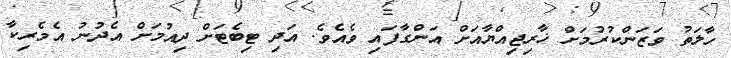
ހާލަތު ވަޒަންކުރުމަށް ޚާރިޖިއްޔާއަށް އަންގާފައި ވެއެވެ. އަދި ޓިބެޓަށް ދިއުމަށް އެދުނު އެމެރިކާ